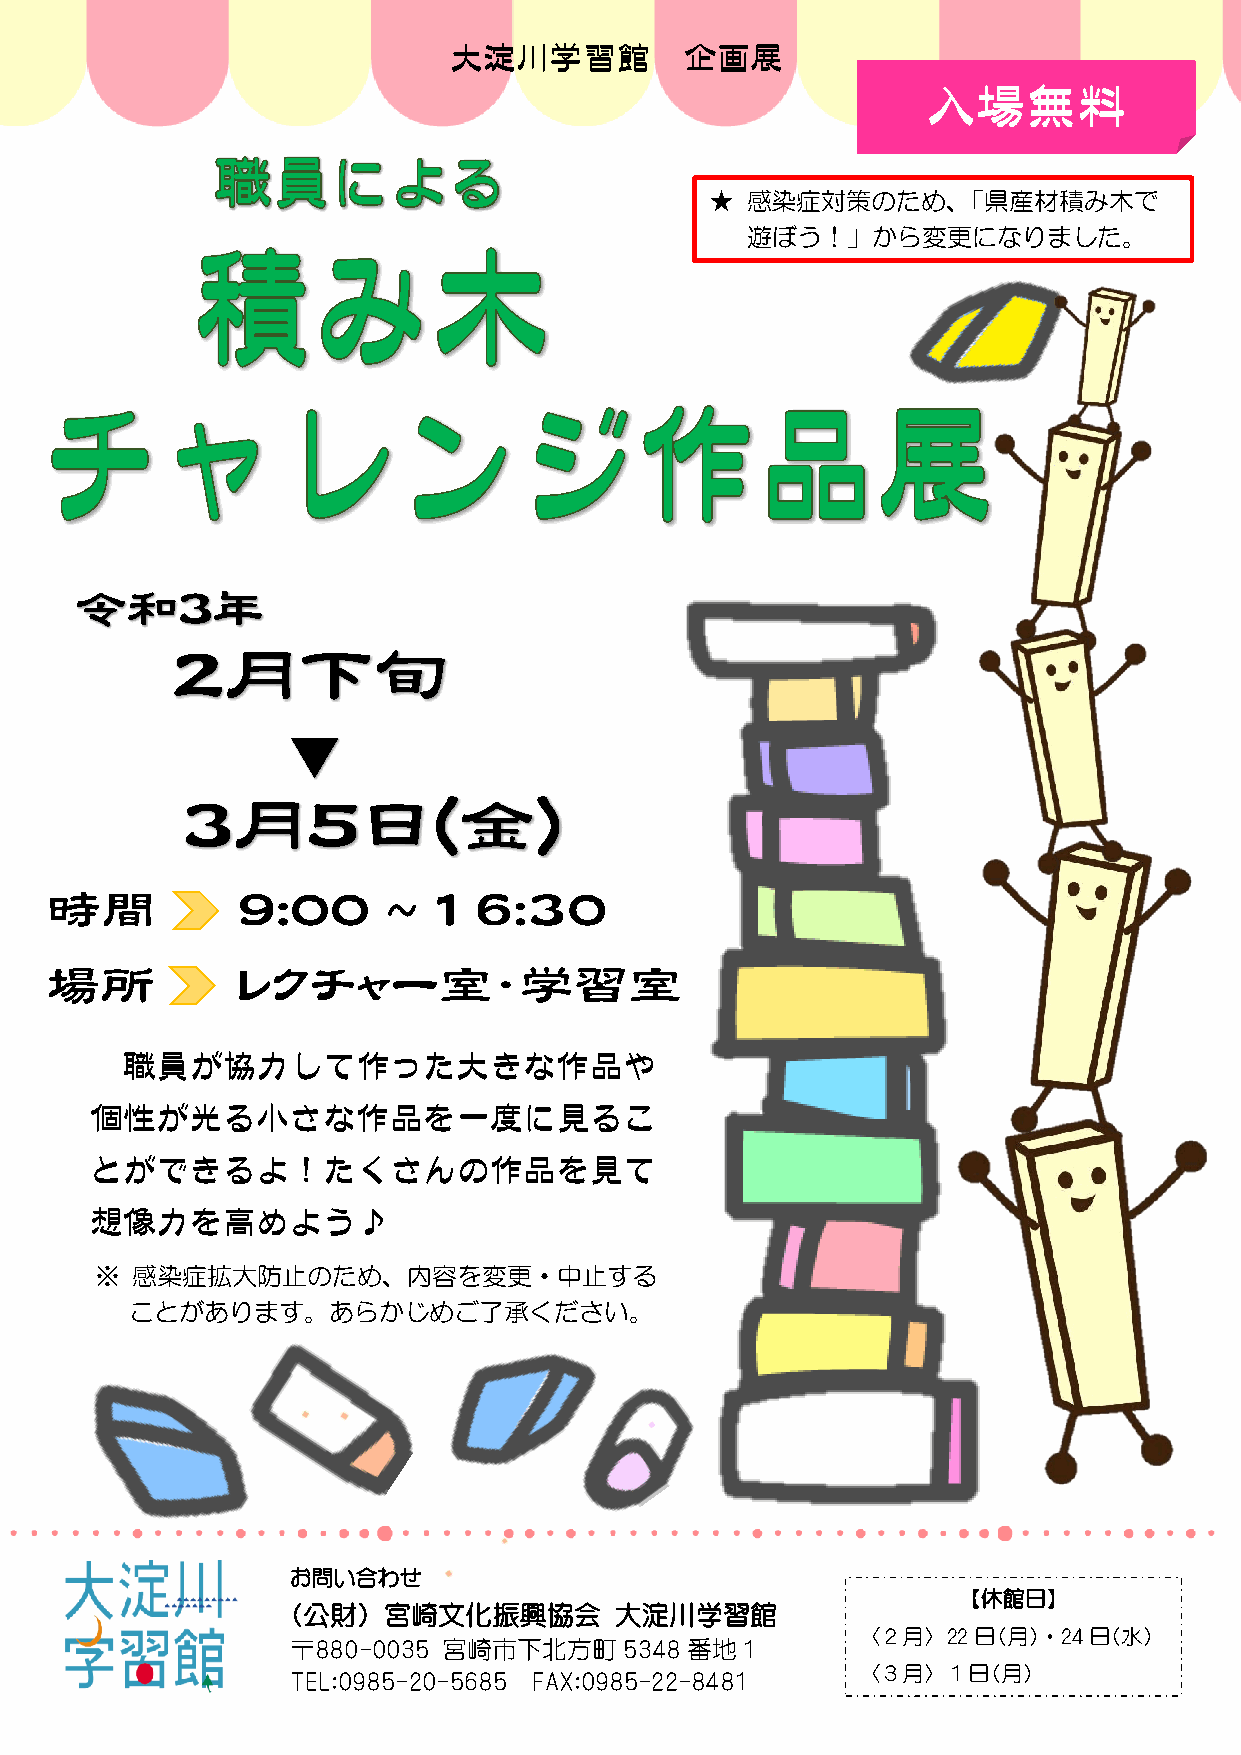
大淀川学習館         企画展
 入場無料
 ★ 感染症対策のため、「県産材積み木で
 遊ぼう！」から変更になりました。
 令和３年
 ２月下旬
 ▼
 ３月５日(金)
 時間           9:00      ~  16:30
 場所           レクチャー室・学習室
 職員が協力して作った大きな作品や
 個性が光る小さな作品を一度に見るこ
 とができるよ！たくさんの作品を見て
 想像力を高めよう♪
 ※  感染症拡大防止のため、内容を変更・中止する
 ことがあります。あらかじめご了承ください。
 お問い合わせ
 【休館日】
 (公財)  宮崎文化振興協会        大淀川学習館
 〈２月〉22日(月)・24日(水)
 〒880-0035 宮崎市下北方町5348     番地1
 TEL:0985-20-5685 FAX:0985-22-8481
 〈３月〉１日(月)